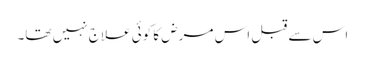
اس سے قبل اس مرض کا کوئی علاج نہیں تھا۔